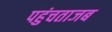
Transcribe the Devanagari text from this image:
पहुंचताजब